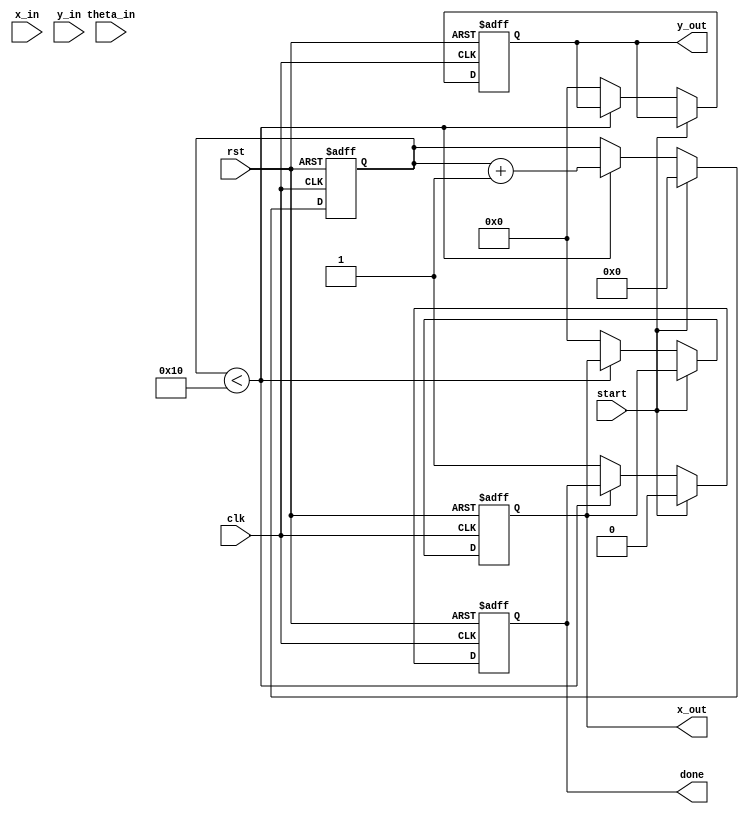
module cordic (
    input wire clk,
    input wire rst,
    input wire [15:0] x_in,          // Input x vector
    input wire [15:0] y_in,          // Input y vector
    input wire [15:0] theta_in,      // Input angle in radians (fixed-point)
    input wire start,                // Start signal
    output reg [15:0] x_out,         // Output x vector
    output reg [15:0] y_out,         // Output y vector
    output reg done                  // Done signal
);

    parameter NUM_ITERATIONS = 16;   // Number of iterations
    reg [15:0] angle_table [0:NUM_ITERATIONS-1]; // Pre-computed angle table
    reg [15:0] x [0:NUM_ITERATIONS];  // x values for each iteration
    reg [15:0] y [0:NUM_ITERATIONS];  // y values for each iteration
    reg [4:0] iteration;              // Iteration counter
    reg [15:0] theta;                 // Current theta value
    reg [15:0] scaling_factor = 16'h26DD; // Pre-computed scaling factor (approx. 0.607)

    initial begin
        // Initialize the angle table with arctangent values (in fixed-point)
        angle_table[0] = 16'h2000; // atan(2^0) = 0.785398 (in fixed-point)
        angle_table[1] = 16'h1000; // atan(2^-1) = 0.463648
        angle_table[2] = 16'h0800; // atan(2^-2) = 0.244979
        angle_table[3] = 16'h0400; // atan(2^-3) = 0.124389
        // Fill out the rest of the table...
        angle_table[4] = 16'h0200;
        angle_table[5] = 16'h0100;
        angle_table[6] = 16'h0080;
        angle_table[7] = 16'h0040;
        angle_table[8] = 16'h0020;
        angle_table[9] = 16'h0010;
        angle_table[10] = 16'h0008;
        angle_table[11] = 16'h0004;
        angle_table[12] = 16'h0002;
        angle_table[13] = 16'h0001;
        angle_table[14] = 16'h0000;
        angle_table[15] = 16'h0000;
    end

    always @(posedge clk or posedge rst) begin
        if (rst) begin
            iteration <= 0;
            x_out <= 0;
            y_out <= 0;
            done <= 0;
        end else if (start) begin
            // Initialize x and y
            x[0] <= x_in;
            y[0] <= y_in;
            theta <= theta_in;
            iteration <= 0;
            done <= 0;
        end else if (iteration < NUM_ITERATIONS) begin
            // Perform CORDIC rotation
            if (theta < 0) begin
                x[iteration + 1] <= x[iteration] + (y[iteration] >> iteration);
                y[iteration + 1] <= y[iteration] - (x[iteration] >> iteration);
                theta <= theta + angle_table[iteration];
            end else begin
                x[iteration + 1] <= x[iteration] - (y[iteration] >> iteration);
                y[iteration + 1] <= y[iteration] + (x[iteration] >> iteration);
                theta <= theta - angle_table[iteration];
            end
            iteration <= iteration + 1;
        end else begin
            // Apply scaling and produce output
            x_out <= x[NUM_ITERATIONS] * scaling_factor >> 16;
            y_out <= y[NUM_ITERATIONS] * scaling_factor >> 16;
            done <= 1; // Finished computation
        end
    end

endmodule